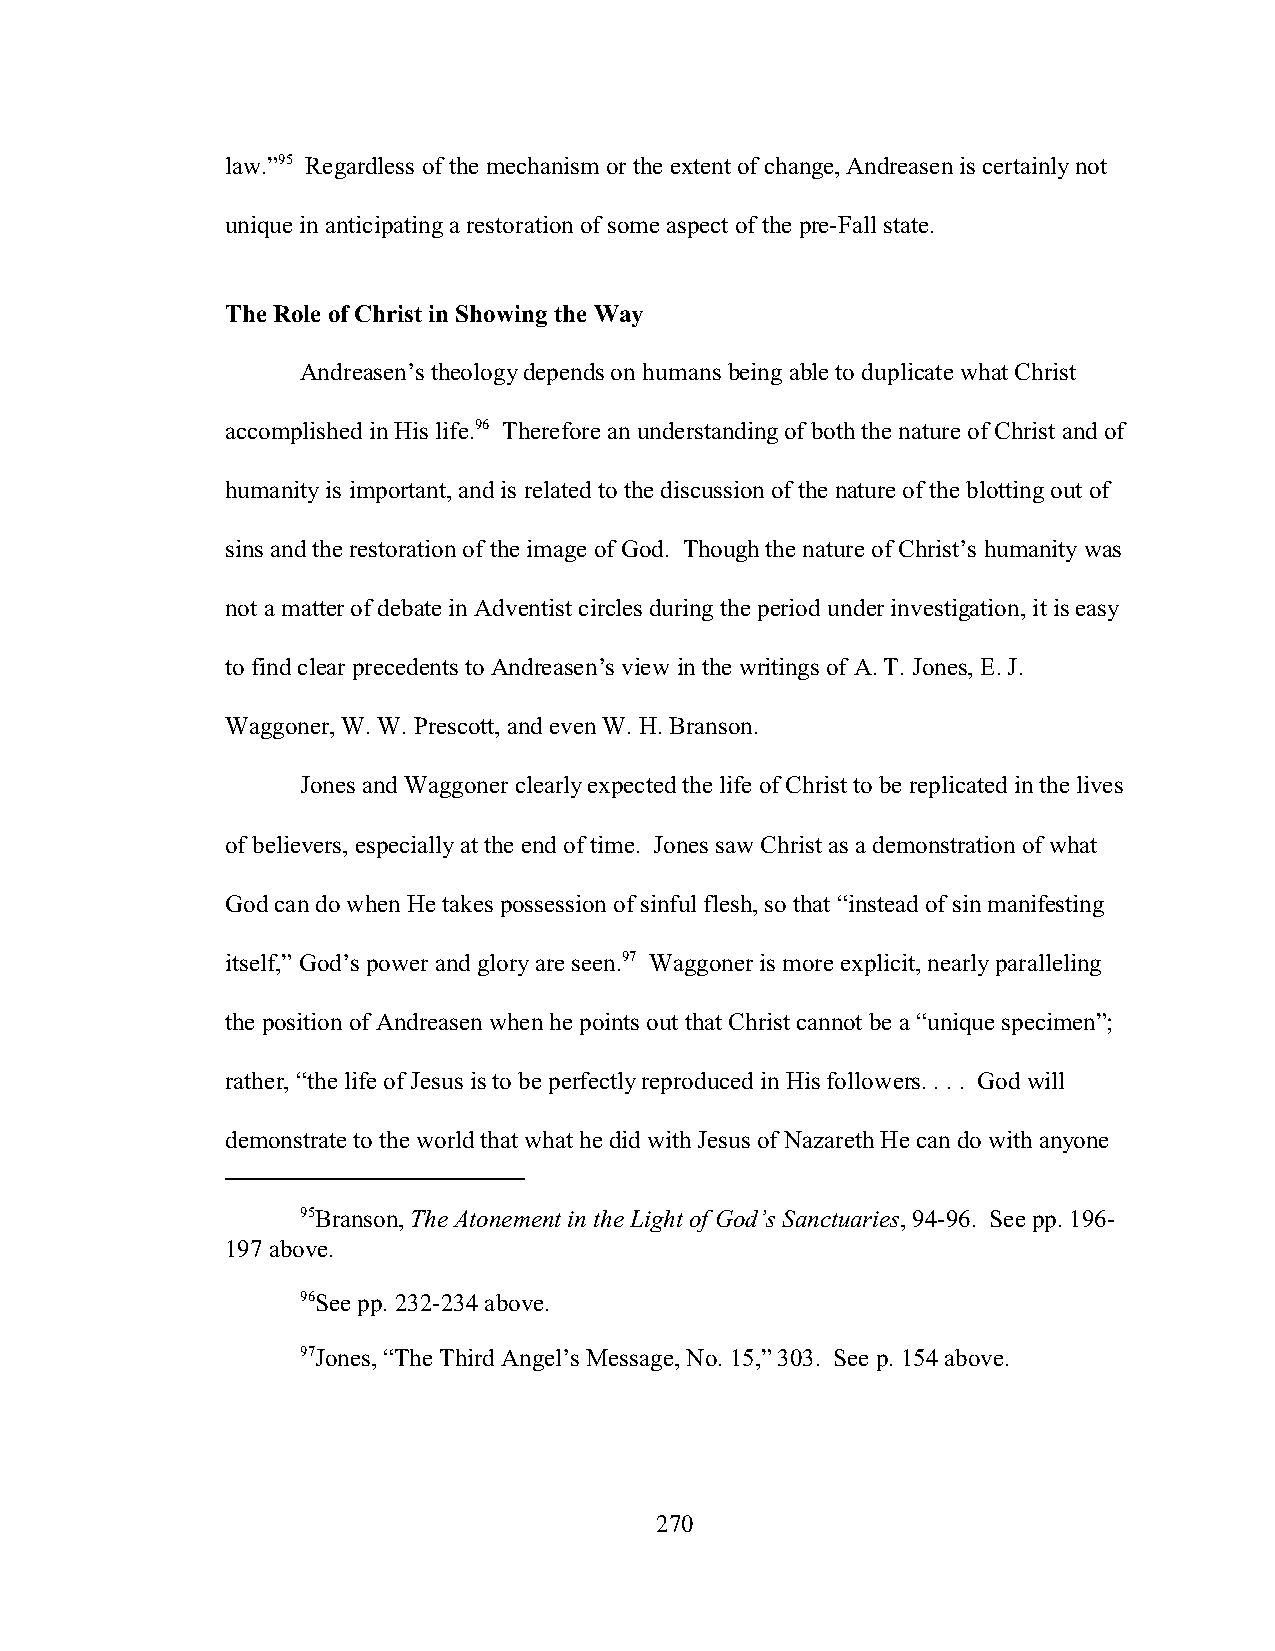
law.”95 Regardless of the mechanism or the extent of change, Andreasen is certainly not
 unique in anticipating a restoration of some aspect of the pre-Fall state.
 The Role of Christ in Showing the Way
 Andreasen’s theology depends on humans being able to duplicate what Christ
 accomplished in His life.96 Therefore an understanding of both the nature of Christ and of
 humanity is important, and is related to the discussion of the nature of the blotting out of
 sins and the restoration of the image of God. Though the nature of Christ’s humanity was
 not a matter of debate in Adventist circles during the period under investigation, it is easy
 to find clear precedents to Andreasen’s view in the writings of A. T. Jones, E. J.
 Waggoner, W. W. Prescott, and even W. H. Branson.
 Jones and Waggoner clearly expected the life of Christ to be replicated in the lives
 of believers, especially at the end of time. Jones saw Christ as a demonstration of what
 God can do when He takes possession of sinful flesh, so that “instead of sin manifesting
 itself,” God’s power and glory are seen.97 Waggoner is more explicit, nearly paralleling
 the position of Andreasen when he points out that Christ cannot be a “unique specimen”;
 rather, “the life of Jesus is to be perfectly reproduced in His followers. . . . God will
 demonstrate to the world that what he did with Jesus of Nazareth He can do with anyone
 95Branson, The Atonement in the Light of God’s Sanctuaries, 94-96. See pp. 196-
 197 above.
 96See pp. 232-234 above.
 97Jones, “The Third Angel’s Message, No. 15,” 303. See p. 154 above.
 270